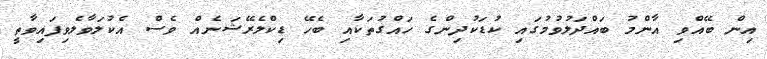
އިން ބޭއްވި އާންމު ބައްދަލުވުމުގައި ކުޑަކުދިންގެ ހައްގުތަކާއި ބެހޭ ޑިކްލެރޭޝަނެއް ވެސް އެކުލަވާލެވިފައިވާތީ